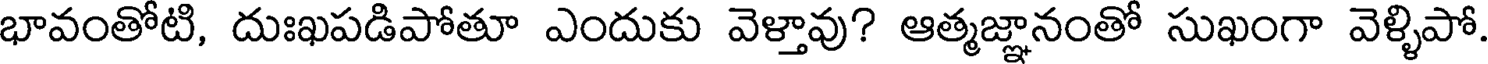
భావంతోటి, దుఃఖపడిపోతూ ఎందుకు వెళ్తావు? ఆత్మజ్ఞానంతో సుఖంగా వెళ్ళిపో